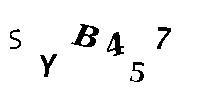
SYB457